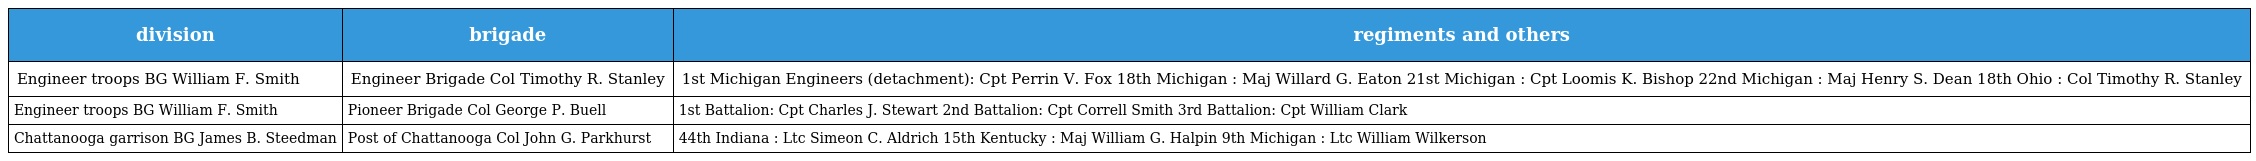
| division | brigade | regiments and others |
 | --- | --- | --- |
 | Engineer troops BG William F. Smith | Engineer Brigade Col Timothy R. Stanley | 1st Michigan Engineers (detachment): Cpt Perrin V. Fox 18th Michigan : Maj Willard G. Eaton 21st Michigan : Cpt Loomis K. Bishop 22nd Michigan : Maj Henry S. Dean 18th Ohio : Col Timothy R. Stanley |
 | Engineer troops BG William F. Smith | Pioneer Brigade Col George P. Buell | 1st Battalion: Cpt Charles J. Stewart 2nd Battalion: Cpt Correll Smith 3rd Battalion: Cpt William Clark |
 | Chattanooga garrison BG James B. Steedman | Post of Chattanooga Col John G. Parkhurst | 44th Indiana : Ltc Simeon C. Aldrich 15th Kentucky : Maj William G. Halpin 9th Michigan : Ltc William Wilkerson |